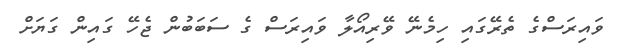
ވައިރަސްގެ ތެރޭގައި ހިމެނޭ ވޭރިއޯލާ ވައިރަސް ގެ ސަބަބުން ޖެހޭ ގައިން ގަޔަށް